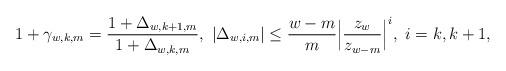
LaTeX: \begin{align*}1+\gamma_{w,k,m}=\frac{1+\Delta_{w,k+1,m}}{1+\Delta_{w,k,m}},~ |\Delta_{w,i,m}| \le\frac{w-m}{m}\Big|\frac{z_{w}}{z_{w-m}}\Big|^i,~i=k,k+1, \end{align*}